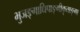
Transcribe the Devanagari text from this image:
भुजङ्गाधिपाङ्गीकृताङ्गा